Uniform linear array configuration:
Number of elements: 12
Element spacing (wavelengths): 0.25
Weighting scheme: exponential
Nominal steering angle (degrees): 15
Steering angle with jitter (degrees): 14.553
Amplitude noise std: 0.05
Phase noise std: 0.05

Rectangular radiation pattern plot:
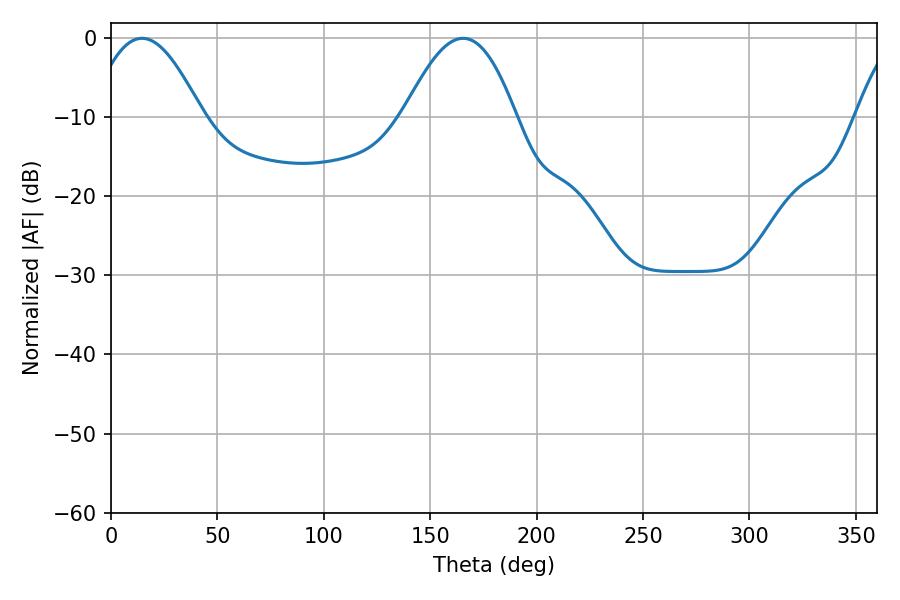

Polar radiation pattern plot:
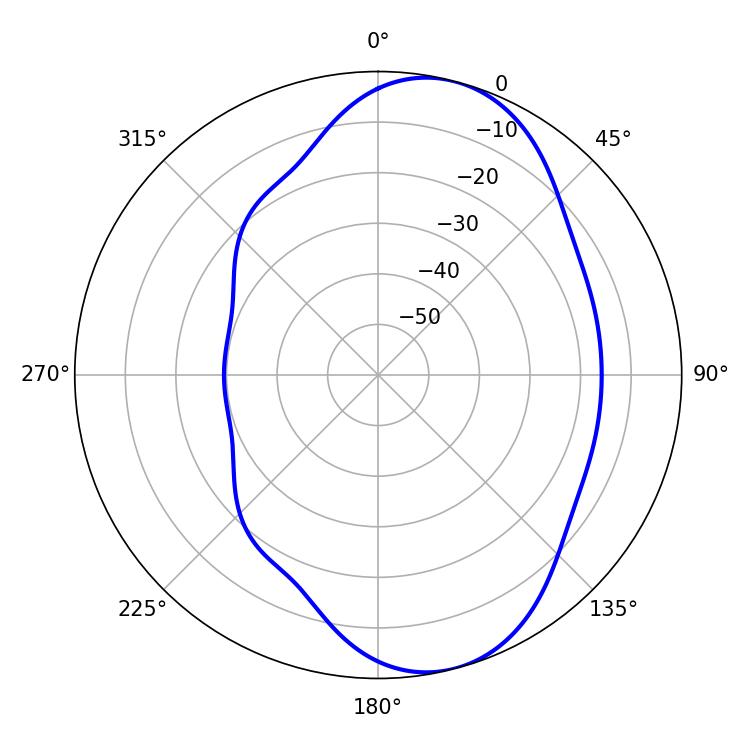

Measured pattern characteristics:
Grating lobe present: FALSE
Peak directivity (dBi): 7.923
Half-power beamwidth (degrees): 28.44
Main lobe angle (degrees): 14.58